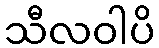
သီလဝါပိ